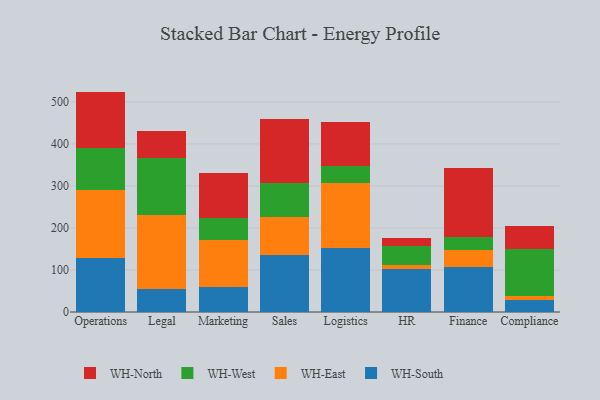
{"axis": {"x": "Department", "y": "Website Visitors"}, "legend": ["WH-East", "WH-North", "WH-South", "WH-West"], "data": [{"x": "Operations", "y": 127.4, "type": "WH-South"}, {"x": "Operations", "y": 163.1, "type": "WH-East"}, {"x": "Operations", "y": 100.8, "type": "WH-West"}, {"x": "Operations", "y": 133.3, "type": "WH-North"}, {"x": "Legal", "y": 55.6, "type": "WH-South"}, {"x": "Legal", "y": 174.8, "type": "WH-East"}, {"x": "Legal", "y": 135.8, "type": "WH-West"}, {"x": "Legal", "y": 63.9, "type": "WH-North"}, {"x": "Marketing", "y": 58.5, "type": "WH-South"}, {"x": "Marketing", "y": 111.7, "type": "WH-East"}, {"x": "Marketing", "y": 54.0, "type": "WH-West"}, {"x": "Marketing", "y": 106.6, "type": "WH-North"}, {"x": "Sales", "y": 136.4, "type": "WH-South"}, {"x": "Sales", "y": 90.8, "type": "WH-East"}, {"x": "Sales", "y": 80.5, "type": "WH-West"}, {"x": "Sales", "y": 151.0, "type": "WH-North"}, {"x": "Logistics", "y": 152.7, "type": "WH-South"}, {"x": "Logistics", "y": 154.3, "type": "WH-East"}, {"x": "Logistics", "y": 39.8, "type": "WH-West"}, {"x": "Logistics", "y": 105.6, "type": "WH-North"}, {"x": "HR", "y": 101.9, "type": "WH-South"}, {"x": "HR", "y": 9.5, "type": "WH-East"}, {"x": "HR", "y": 46.1, "type": "WH-West"}, {"x": "HR", "y": 18.4, "type": "WH-North"}, {"x": "Finance", "y": 107.8, "type": "WH-South"}, {"x": "Finance", "y": 39.9, "type": "WH-East"}, {"x": "Finance", "y": 30.6, "type": "WH-West"}, {"x": "Finance", "y": 165.1, "type": "WH-North"}, {"x": "Compliance", "y": 28.1, "type": "WH-South"}, {"x": "Compliance", "y": 8.9, "type": "WH-East"}, {"x": "Compliance", "y": 112.6, "type": "WH-West"}, {"x": "Compliance", "y": 55.3, "type": "WH-North"}]}